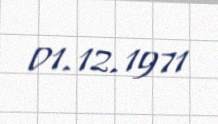
01.12.1971